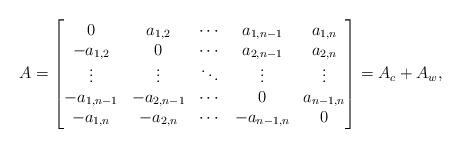
LaTeX: \begin{align*}A = \begin{bmatrix}0 & a_{1,2} & \cdots & a_{1,n-1} & a_{1,n} \\-a_{1,2} & 0 & \cdots & a_{2,n-1} & a_{2,n}\\\vdots & \vdots & \ddots &\vdots & \vdots\\-a_{1,n-1} & -a_{2,n-1} & \cdots & 0 & a_{n-1,n}\\-a_{1,n} & -a_{2,n} & \cdots & -a_{n-1,n} & 0\end{bmatrix}= A_c +A_w, \end{align*}